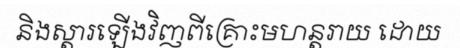
និងស្តារឡើងវិញពីគ្រោះមហន្តរាយ ដោយ